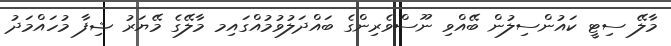
މާލޭ ސިޓީ ކައުންސިލުން ބޭއްވި ނޫސްވެރިންގެ ބައްދަލުވުމުއްގައިމ މާލޭގެ މޭޔަރު ޝިފާ މުހައްމަދު